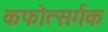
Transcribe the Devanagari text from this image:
कफोत्सर्गक